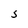
Character: S